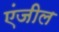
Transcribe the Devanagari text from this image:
एंजील